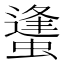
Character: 䗬